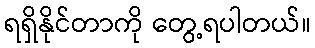
ရရှိနိုင်တာကို တွေ့ရပါတယ်။